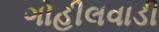
ગોહીલવાડી